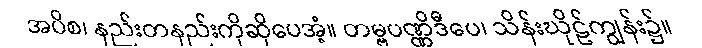
အပိစ၊ နည်းတနည်းကိုဆိုပေအံ့။ တမ္ဗပဏ္ဏိဒီပေ၊ သိန်းဃိုဠ်ကျွန်း၌။